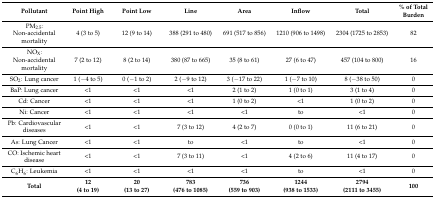
<table><thead><tr><td><b>Pollutant</b></td><td><b>Point High</b></td><td><b>Point Low</b></td><td><b>Line</b></td><td><b>Area</b></td><td><b>Inflow</b></td><td><b>Total</b></td><td><b>% of Total Burden</b></td></tr></thead><tbody><tr><td>PM<sub>2.5</sub>: Non-accidental mortality</td><td>4 (3 to 5)</td><td>12 (9 to 14)</td><td>388 (291 to 480)</td><td>691 (517 to 856)</td><td>1210 (906 to 1498)</td><td>2304 (1725 to 2853)</td><td>82</td></tr><tr><td>NO<sub>X</sub>: Non-accidental mortality</td><td>7 (2 to 12)</td><td>8 (2 to 14)</td><td>380 (87 to 665)</td><td>35 (8 to 61)</td><td>27 (6 to 47)</td><td>457 (104 to 800)</td><td>16</td></tr><tr><td>SO<sub>2</sub>: Lung cancer</td><td>1 (−4 to 5)</td><td>0 (−1 to 2)</td><td>2 (−9 to 12)</td><td>3 (−17 to 22)</td><td>1 (−7 to 10)</td><td>8 (−38 to 50)</td><td>0</td></tr><tr><td>BaP: Lung cancer</td><td>&lt;1</td><td>&lt;1</td><td>&lt;1</td><td>2 (1 to 2)</td><td>1 (0 to 1)</td><td>3 (1 to 4)</td><td>0</td></tr><tr><td>Cd: Cancer</td><td>&lt;1</td><td>&lt;1</td><td>&lt;1</td><td>1 (0 to 2)</td><td>&lt;1</td><td>1 (0 to 2)</td><td>0</td></tr><tr><td>Ni: Cancer</td><td>&lt;1</td><td>&lt;1</td><td>&lt;1</td><td>&lt;1</td><td>to</td><td>&lt;1</td><td>0</td></tr><tr><td>Pb: Cardiovascular diseases</td><td>&lt;1</td><td>&lt;1</td><td>7 (3 to 12)</td><td>4 (2 to 7)</td><td>0 (0 to 1)</td><td>11 (6 to 21)</td><td>0</td></tr><tr><td>As: Lung Cancer</td><td>&lt;1</td><td>&lt;1</td><td>to</td><td>&lt;1</td><td>to</td><td>&lt;1</td><td>0</td></tr><tr><td>CO: Ischemic heart disease</td><td>&lt;1</td><td>&lt;1</td><td>7 (3 to 11)</td><td>&lt;1</td><td>4 (2 to 6)</td><td>11 (4 to 17)</td><td>0</td></tr><tr><td>C<sub>6</sub>H<sub>6</sub>: Leukemia</td><td>&lt;1</td><td>&lt;1</td><td>&lt;1</td><td>&lt;1</td><td>to</td><td>&lt;1</td><td>0</td></tr><tr><td><b>Total</b></td><td><b>12 (4 to 19)</b></td><td><b>20 (13 to 27)</b></td><td><b>783 (476 to 1085)</b></td><td><b>736 (559 to 903)</b></td><td><b>1244 (938 to 1533)</b></td><td><b>2794 (2111 to 3455)</b></td><td><b>100</b></td></tr></tbody></table>